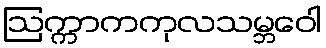
ဩက္ကာကကုလသမ္ဘဝေါ